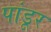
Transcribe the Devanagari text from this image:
पांडूर